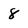
Character: 8